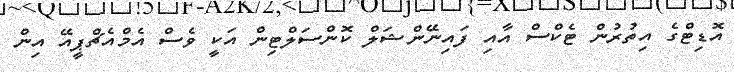
އޮޑިޓްގެ އިތުރުން ޓެކްސް އާއި ފައިނޭންޝަލް ކޮންސަލްޓިން އަކީ ވެސް އެމްއެޗްޕީއޭ އިން